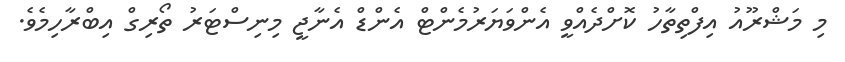
މި މަޝްރޫއު އިފްތިތާހު ކޮށްދެއްވީ އެންވަޔަރުމެންޓް އެންޑް އެނާޖީ މިނިސްޓަރު ތޯރިގް އިބްރާހިމެވެ.